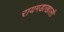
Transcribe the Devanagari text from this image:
रायगडाखाली